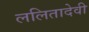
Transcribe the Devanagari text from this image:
ललितादेवी